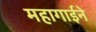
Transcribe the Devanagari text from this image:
महागाईने